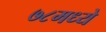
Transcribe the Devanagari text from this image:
७८मध्ये